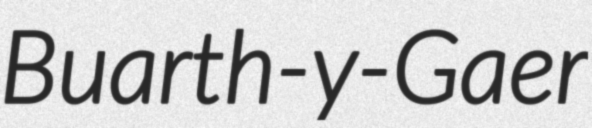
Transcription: Buarth-y-Gaer